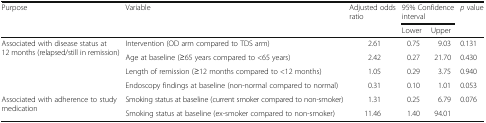
<table><thead><tr><td rowspan="2"><b>Purpose</b></td><td rowspan="2"><b>Variable</b></td><td rowspan="2"><b>Adjusted odds ratio</b></td><td colspan="2"><b>95% Confidence interval</b></td><td rowspan="2"><b><i>p</i> value</b></td></tr><tr><td><b>Lower</b></td><td><b>Upper</b></td></tr></thead><tbody><tr><td rowspan="4">Associated with disease status at 12 months (relapsed/still in remission)</td><td>Intervention (OD arm compared to TDS arm)</td><td>2.61</td><td>0.75</td><td>9.03</td><td>0.131</td></tr><tr><td>Age at baseline (≥65 years compared to &lt;65 years)</td><td>2.42</td><td>0.27</td><td>21.70</td><td>0.430</td></tr><tr><td>Length of remission (≥12 months compared to &lt;12 months)</td><td>1.05</td><td>0.29</td><td>3.75</td><td>0.940</td></tr><tr><td>Endoscopy findings at baseline (non-normal compared to normal)</td><td>0.31</td><td>0.10</td><td>1.01</td><td>0.053</td></tr><tr><td rowspan="2">Associated with adherence to study medication</td><td>Smoking status at baseline (current smoker compared to non-smoker)</td><td>1.31</td><td>0.25</td><td>6.79</td><td rowspan="2">0.076</td></tr><tr><td>Smoking status at baseline (ex-smoker compared to non-smoker)</td><td>11.46</td><td>1.40</td><td>94.01</td></tr></tbody></table>